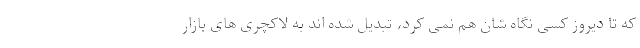
که تا دیروز کسی نگاه شان هم نمی کرد، تبدیل شده اند به لاکچری های بازار